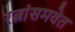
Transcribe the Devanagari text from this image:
रत्नांसमवेत